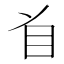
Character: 𱲣